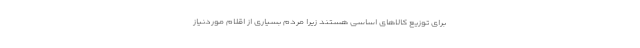
برای توزیع کالاهای اساسی هستند زیرا مردم بسیاری از اقلام موردنیاز